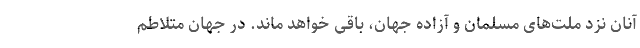
آنان نزد ملت‌های مسلمان و آزاده جهان، باقی خواهد ماند. در جهان متلاطم